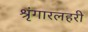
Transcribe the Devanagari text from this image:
श्रृंगारलहरी